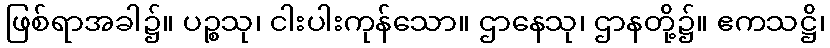
ဖြစ်ရာအခါ၌။ ပဉ္စသု၊ ငါးပါးကုန်သော။ ဌာနေသု၊ ဌာနတို့၌။ ဧကသဋ္ဌိ၊